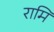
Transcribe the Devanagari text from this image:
रामि